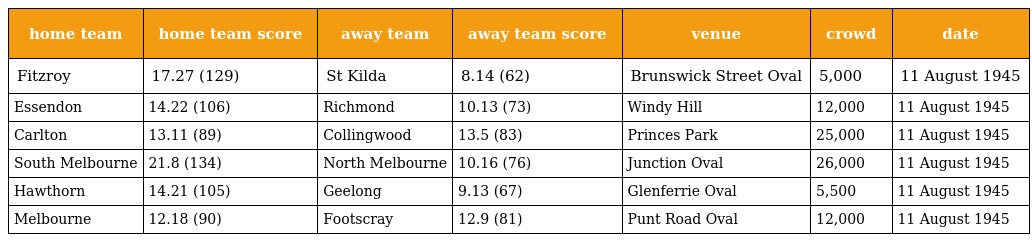
| home team | home team score | away team | away team score | venue | crowd | date |
 | --- | --- | --- | --- | --- | --- | --- |
 | Fitzroy | 17.27 (129) | St Kilda | 8.14 (62) | Brunswick Street Oval | 5,000 | 11 August 1945 |
 | Essendon | 14.22 (106) | Richmond | 10.13 (73) | Windy Hill | 12,000 | 11 August 1945 |
 | Carlton | 13.11 (89) | Collingwood | 13.5 (83) | Princes Park | 25,000 | 11 August 1945 |
 | South Melbourne | 21.8 (134) | North Melbourne | 10.16 (76) | Junction Oval | 26,000 | 11 August 1945 |
 | Hawthorn | 14.21 (105) | Geelong | 9.13 (67) | Glenferrie Oval | 5,500 | 11 August 1945 |
 | Melbourne | 12.18 (90) | Footscray | 12.9 (81) | Punt Road Oval | 12,000 | 11 August 1945 |